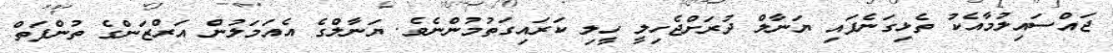
ޖައްސައިލުމާއެކު ތެޅިގަނެފައި ޔަނާލް ދުރަށްޖެހިލީ ހީލި ކަރައިގަތުމުންނެވެ. ޔަނާލްގެ އެއަމަލުން އަރްޒަންގެ ތުންފަތް